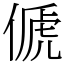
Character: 傂